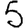
Digit: 5